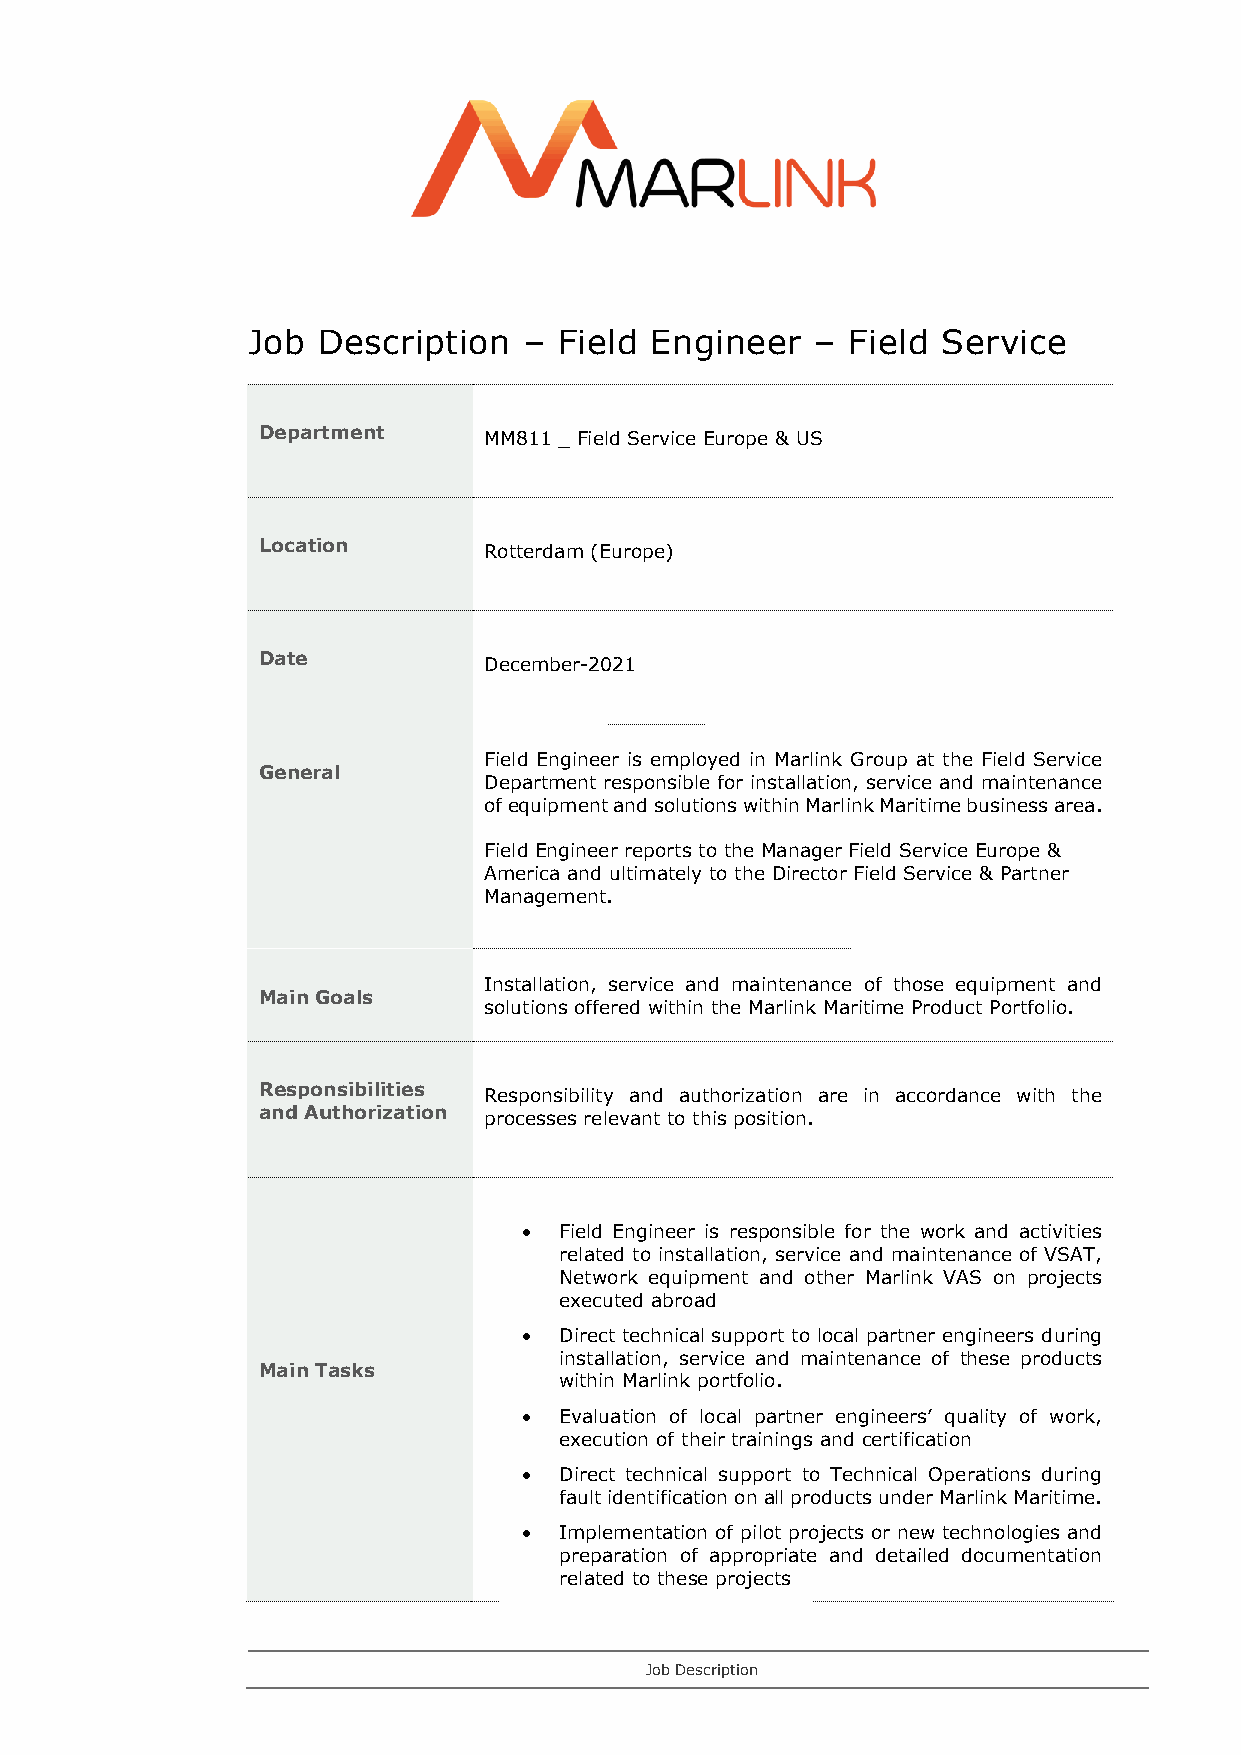
Job  Description   – Field Engineer   – Field Service
 Department     MM811 _ Field Service Europe & US
 Location       Rotterdam (Europe)
 Date           December-2021
 Field Engineer is employed in Marlink Group at the Field Service
 General
 Department responsible for installation, service and maintenance
 of equipment and solutions within Marlink Maritime business area.
 Field Engineer reports to the Manager Field Service Europe &
 America and ultimately to the Director Field Service & Partner
 Management.
 Installation, service and maintenance of those equipment and
 Main Goals
 solutions offered within the Marlink Maritime Product Portfolio.
 Responsibilities Responsibility and authorization are in accordance with the
 and Authorization processes relevant to this position.
 • Field Engineer is responsible for the work and activities
 related to installation, service and maintenance of VSAT,
 Network equipment and other Marlink VAS on projects
 executed abroad
 • Direct technical support to local partner engineers during
 installation, service and maintenance of these products
 Main Tasks
 within Marlink portfolio.
 • Evaluation of local partner engineers’ quality of work,
 execution of their trainings and certification
 • Direct technical support to Technical Operations during
 fault identification on all products under Marlink Maritime.
 • Implementation of pilot projects or new technologies and
 preparation of appropriate and detailed documentation
 related to these projects
 Job Description